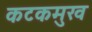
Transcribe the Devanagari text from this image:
कटकमुख